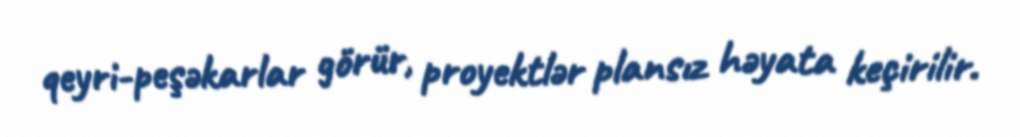
qeyri-peşəkarlar görür, proyektlər plansız həyata keçirilir.